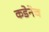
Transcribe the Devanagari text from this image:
कडेनेच